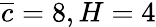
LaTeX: \overline{{c}}=8,H=4